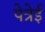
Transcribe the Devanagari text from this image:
पेत्रेई